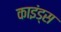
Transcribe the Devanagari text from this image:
काइंड्स